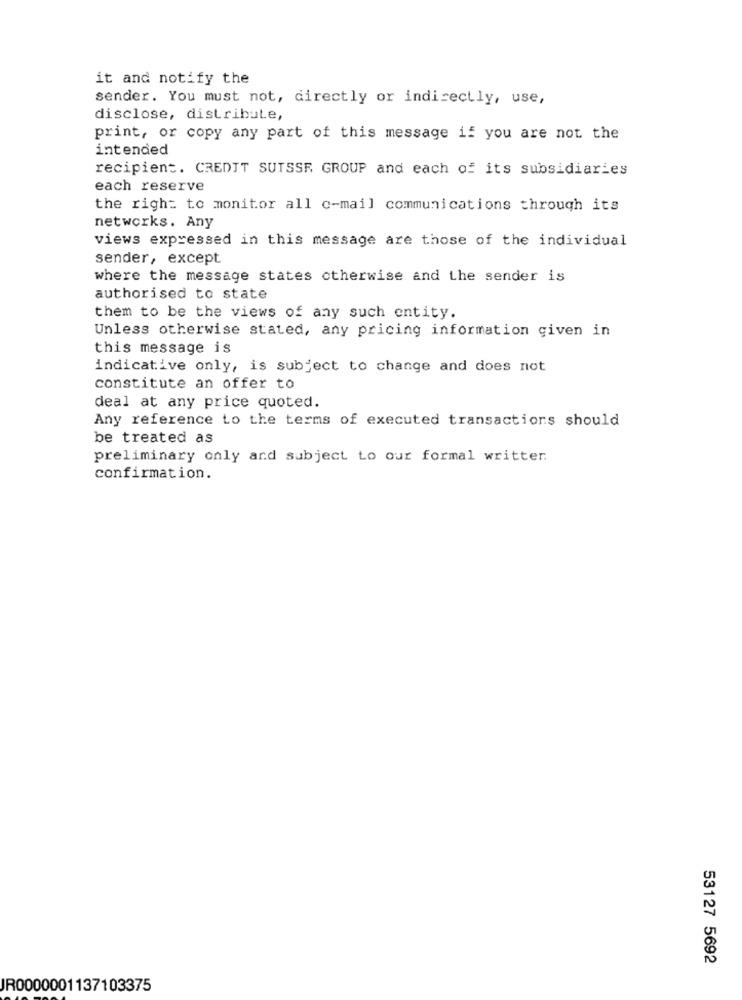
it and notify the
sender. You must not, directly or indirectly, use,
disclose, distribute,
print, or copy any part of this message if you are not the
intended
recipient. CREDIT SUISSE GROUP and each of its subsidiaries
each reserve
the right to monitor all c-mail communications through its
networks. Any
views expressed in this message are those of the individual
sender, except
where the message states otherwise and the sender is
authorised to state
them to be the views of any such entity.
Unless otherwise stated, any pricing information given in
this message is
indicative only, is subject to change and does not
constitute an offer to
deal at any price quoted.
Any reference to the terms of executed transactions should
be treated as
preliminary only and subject to our formal writter.
confirmation.
53127 5692
JR0000001137103375